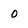
Character: 0